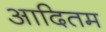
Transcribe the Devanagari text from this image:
आदितम